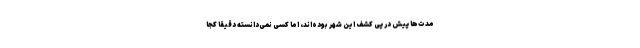
مدت‌ها پیش در پی کشف این شهر بوده‌اند، اما کسی نمی‌دانسته دقیقا کجا